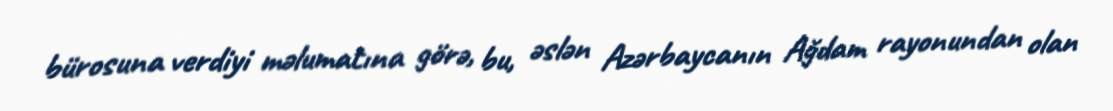
bürosuna verdiyi məlumatına görə, bu, əslən Azərbaycanın Ağdam rayonundan olan